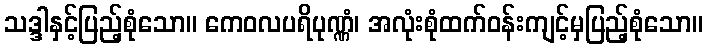
သဒ္ဒါနှင့်ပြည့်စုံသော။ ကေဝလပရိပုဏ္ဏံ၊ အလုံးစုံထက်ဝန်းကျင့်မှပြည့်စုံသော။